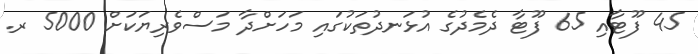
45 ފޫޓާއި 65 ފޫޓާ ދެމެދުގެ އުޅަނދުތަކުގައި މަހަށްދާ މަސްވެރިޔަކަށް 5000 ރ.